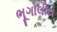
ભૂગોલીય